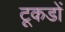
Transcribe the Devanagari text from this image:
टूकडों